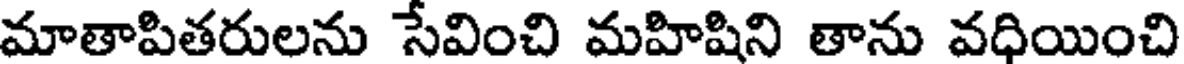
మాతాపితరులను సేవించి మహిషిని తాను వధియించి